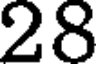
28